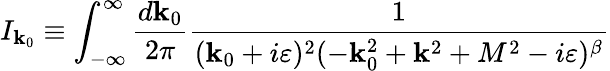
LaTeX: I_{\mathbf{k}_{0}}\equiv\int_{-\infty}^{\infty}\frac{{d\mathbf{k}_{0}}}{{2\pi}}\frac{{1}}{{(\mathbf{k}_{0}+i\varepsilon)^{2}(-\mathbf{k}_{0}^{2}+{\mathbf{\mathbf{k}}}^{2}+M^{2}-i\varepsilon)^{\beta}}}